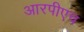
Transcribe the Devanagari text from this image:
आरपीएच